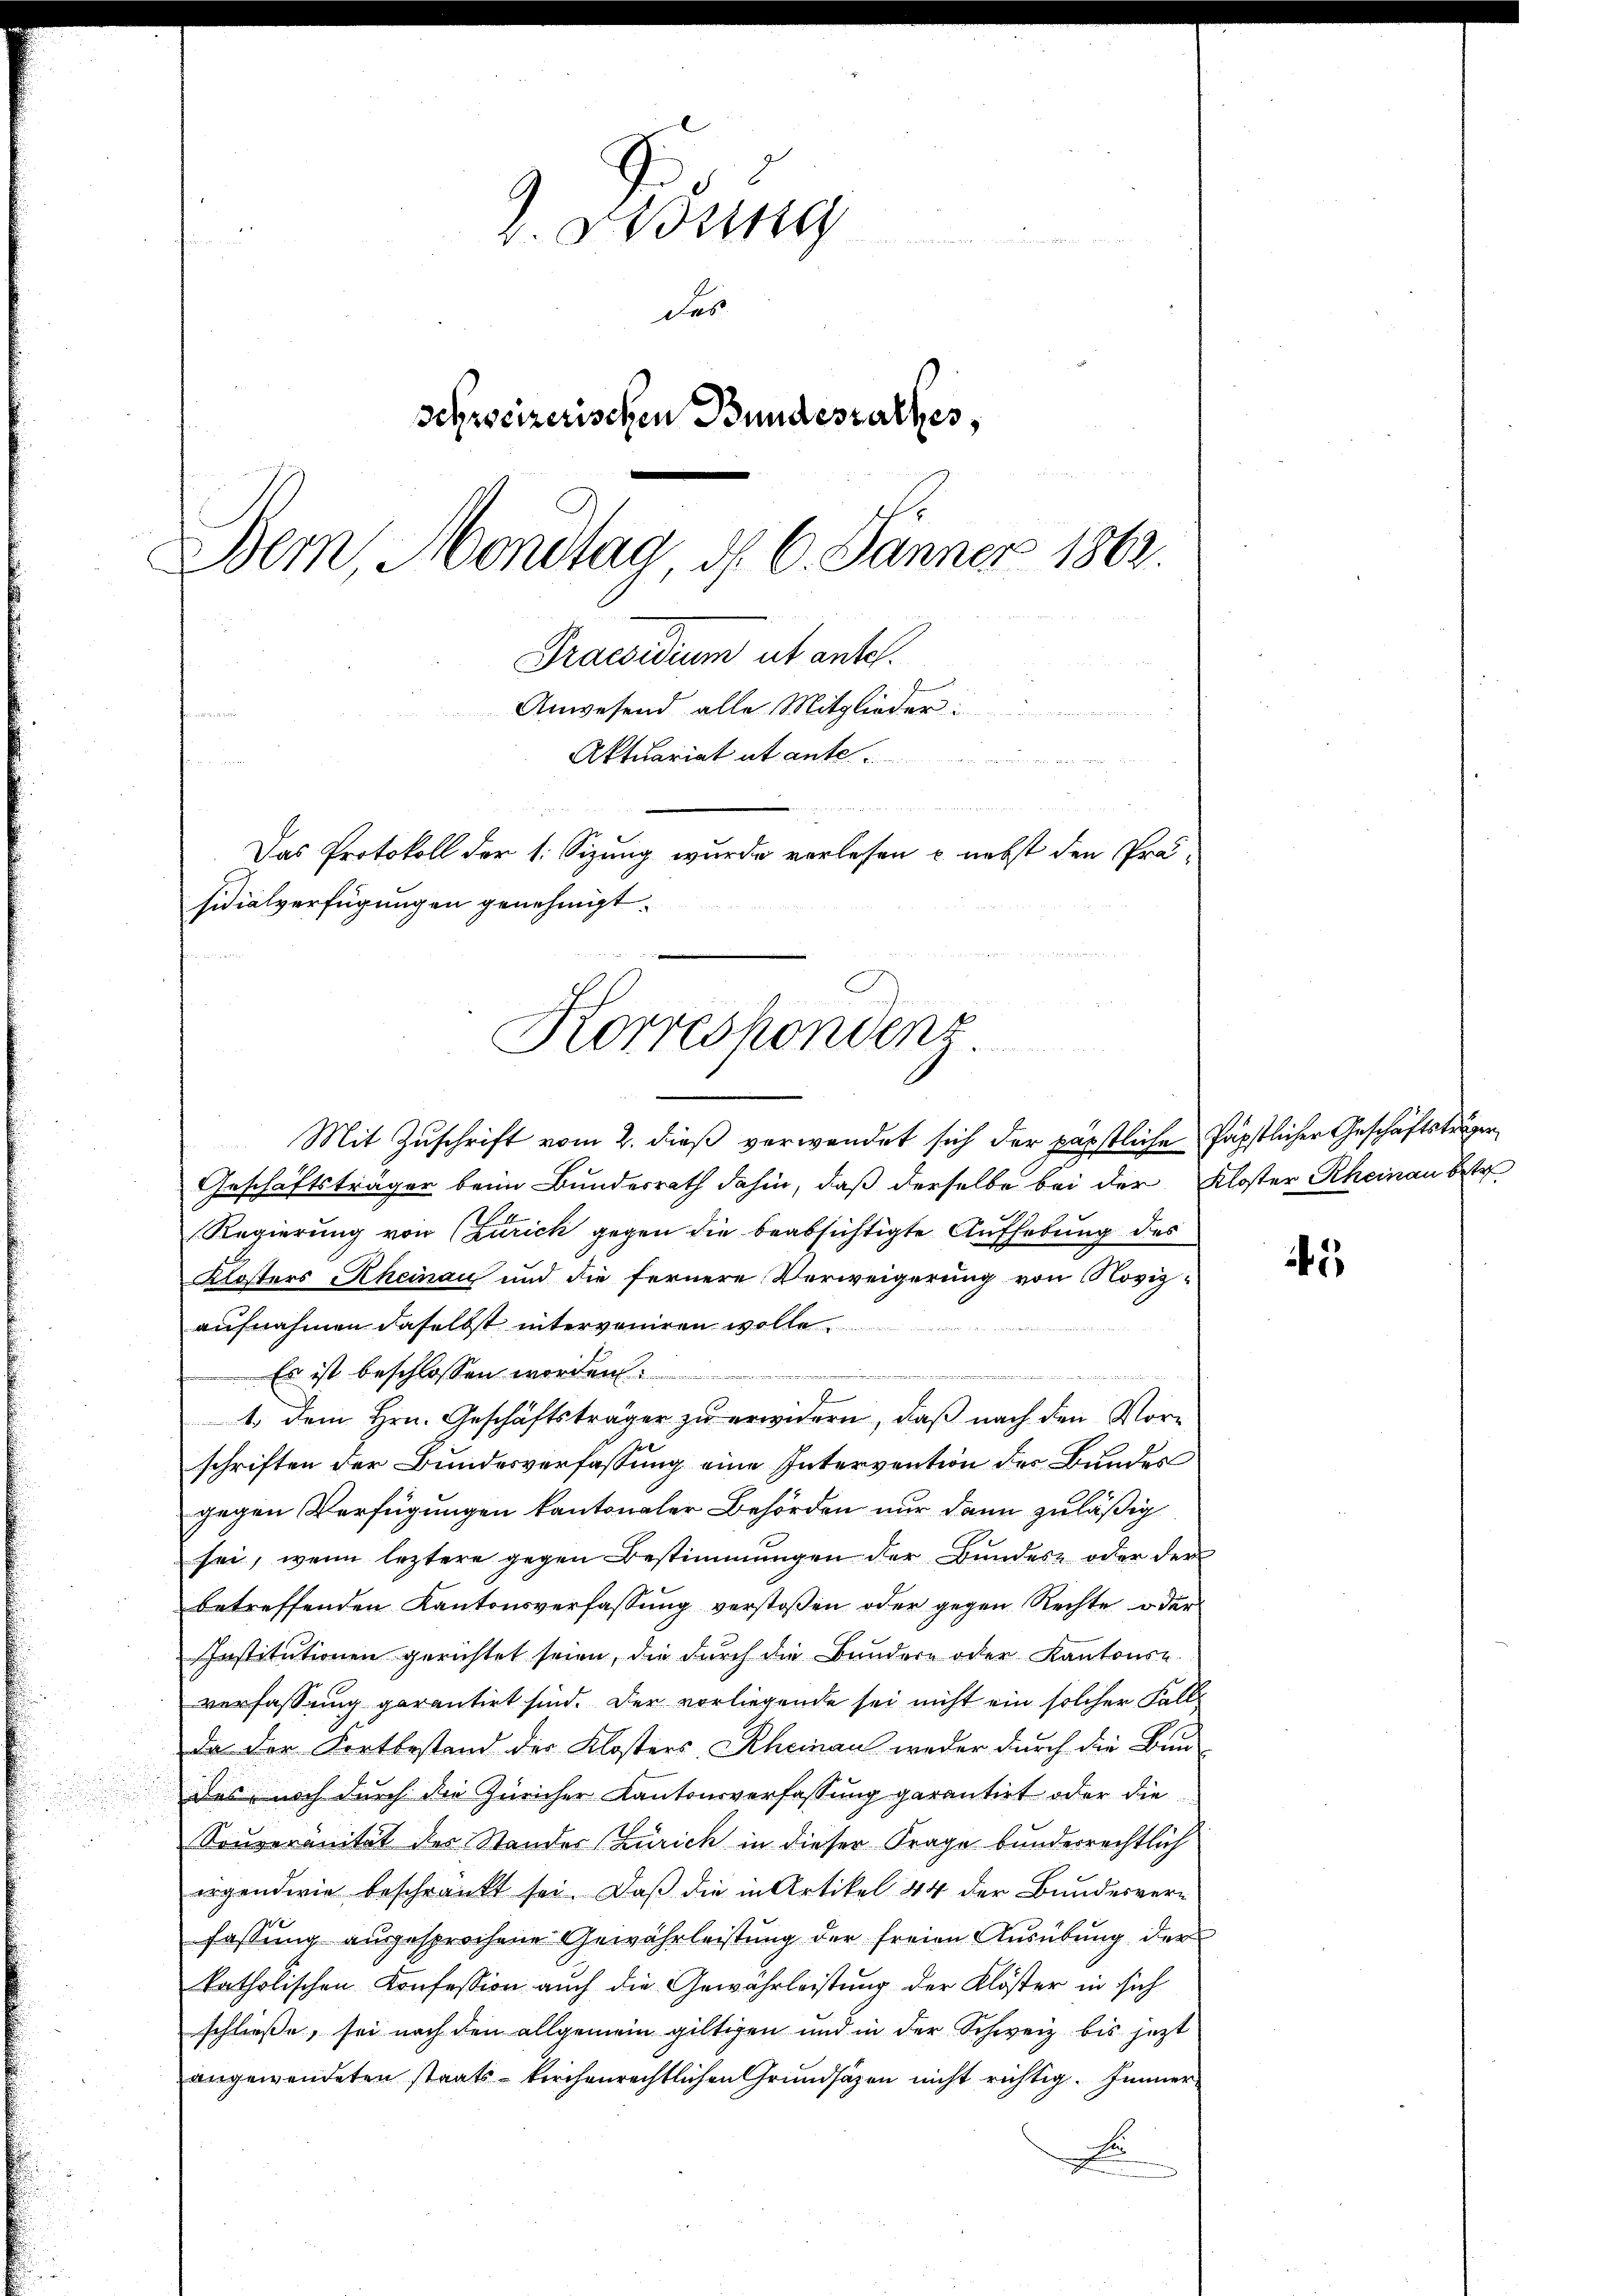
D. Beding
des
Schreizerischen Bundesrathes,
Bem, Mondtag, d. 6. Jänner 1862.
Praesidium ut antel.
Anwesend alle Mitglieder i
Kan dieser
Aktuariat et ante.
Das Protokoll der 1. Sizung wurde verlesen u. nebst den Prä-
sidialverfügungen genehmigt.

e
Korrespondenz

Mit Zuschrift vom 2. dieß verwendet sich der päpstliche päpstlicher Geschäftsträger
Geschäftsträger beim Bundesrath dahin, daß derselbe bei der Kloster Rheinau beste
Regierung von (zurich gegen die beabsichtigte Aufhebung des
Klosters Rheinau und die fernere Verweigerung von Novizaufnahmen daselbst interveniren wolle.
Es ist beschlossen worden.
e
1. dem Hrn. Geschäftsträger zu erwidern, daß nach den Vorschriften der Bundesverfassung eine Intervention des Bundes
gegen Verfügungen kantonaler Behörden nur dann zuläßig
sei, wenn leztere gegen Bestimmungen der Bŭndes- oder der
betreffenden Kantonsverfassung verstoßen oder gegen Rechte oder
Institutionen gerichtet seien, die durch die Bundern oder Kantonse
verfassung garantirt sind. Der vorliegende sei nicht ein solcher Fall
da der Fortbestand des Klosters Rheinau weder durch die Bun
das noch durch die Züricher Kantonsverfassung garantirt oder die
Souveränität des Standes (Zürich in dieser Frage bundesrechtlich
irgendwie beschränkt sei. Daß die in Artikel 44 der Bundesverfassung ausgesprochene Gewährleistung der freien Ausübung der
katholischen Konfession auch die Gewährleistung der Klöster in sich
schließe, sei nach den allgemein giltigen und in der Schweiz bis jetzt
angewendeten staats- kirchenrechtlichen Grundsätzen nicht richtig. Immer
u

i